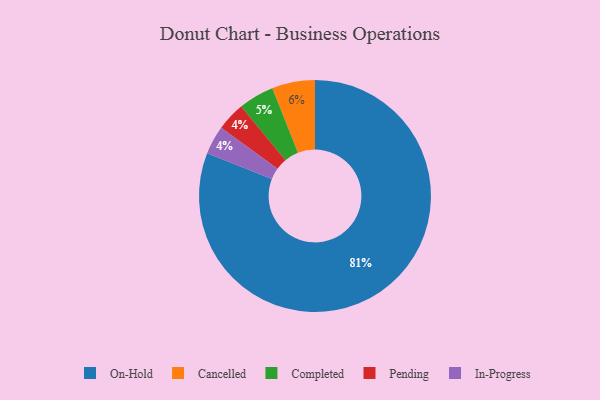
{"axis": {"x": "Category", "y": "Percentage"}, "legend": ["Cancelled", "Completed", "In-Progress", "On-Hold", "Pending"], "data": [{"x": "On-Hold", "y": 81, "type": "On-Hold"}, {"x": "Completed", "y": 5, "type": "Completed"}, {"x": "Pending", "y": 4, "type": "Pending"}, {"x": "Cancelled", "y": 6, "type": "Cancelled"}, {"x": "In-Progress", "y": 4, "type": "In-Progress"}]}